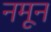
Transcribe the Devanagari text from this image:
नमून